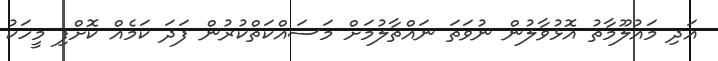
އަދި މައުލޫމާތު އޮޅުވާލުން ނުވަތަ ނައްތާލުމަށް މަސައްކަތްކުރުން ފަދަ ކަމެއް ކޮށްފި މީހަކު